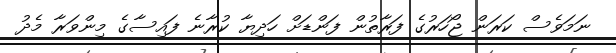
ނަމަވެސް ކަރަން ޖޯހަރުގެ ފަރާތުން ފަންޑަށް ހަދިޔާ ކުރާނެ ފައިސާގެ މިންވަރާ މެދު